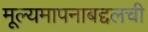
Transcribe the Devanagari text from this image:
मूल्यमापनाबद्दलची